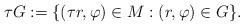
LaTeX: \begin{align*}\tau G:=\{(\tau r,\varphi)\in M:(r,\varphi)\in G\}.\end{align*}